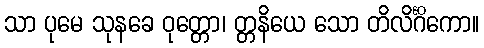
သာ ပုမေ သုနခေ ဝုတ္တော၊ တ္တနိယေ သော တိလိင်္ဂိကော။